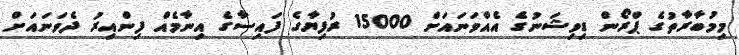
މިމުބާރާތުގެ ޕްރޯން ޑިވިޝަނުގެ އެއްވަނައަށް 15000 ރުފިޔާގެ ފައިސާގެ އިނާމެއް ފިންއިރު ދެވަނައަށް